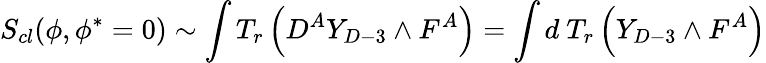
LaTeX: S_{cl}(\phi,\phi^{*}=0)\sim\int T_{r}\left(D^{A}Y_{D-3}\wedge F^{A}\right)=\int d\ T_{r}\left(Y_{D-3}\wedge F^{A}\right)